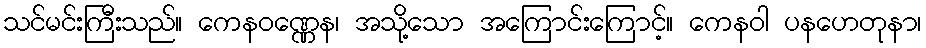
သင်မင်းကြီးသည်။ ကေနဝဏ္ဏေန၊ အသို့သော အကြောင်းကြောင့်။ ကေနဝါ ပနဟေတုနာ၊